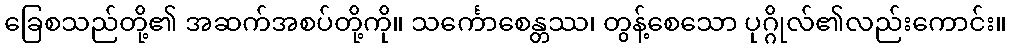
ခြေစသည်တို့၏ အဆက်အစပ်တို့ကို။ သင်္ကောစေန္တဿ၊ တွန့်စေသော ပုဂ္ဂိုလ်၏လည်းကောင်း။